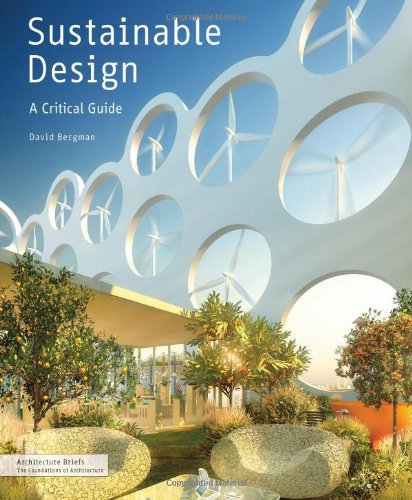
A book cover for Sustainable Design: A Critical Guide (Architecture Briefs); David Bergman; Arts & Photography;